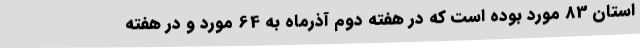
استان 83 مورد بوده است که در هفته دوم آذرماه به 64 مورد و در هفته